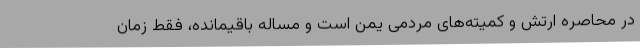
در محاصره ارتش و کمیته‌های مردمی یمن است و مساله باقیمانده، فقط زمان